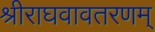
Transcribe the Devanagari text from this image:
श्रीराघवावतरणम्